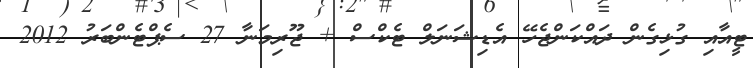
ޓީއާއި ގުޅިގެން ދައްކަންޖެހޭ އެޑިޝަނަލް ޓެކްސް + ޖޫރިމަނާ 27 ސެޕްޓެންބަރު 2012